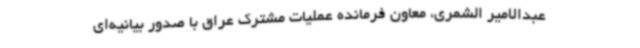
عبدالامیر الشمری، معاون فرمانده عملیات مشترک عراق با صدور بیانیه‌ای